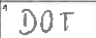
Transcription: DOT